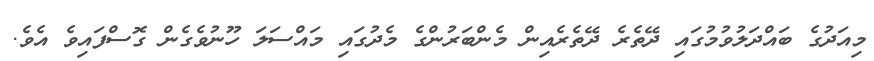
މިއަދުގެ ބައްދަލުވުމުގައި ދޭތެރެ ދޭތެރެއިން މެންބަރުންގެ މެދުގައި މައްސަލަ ހޫނުވެގެން ގޮސްފައިވެ އެވެ.